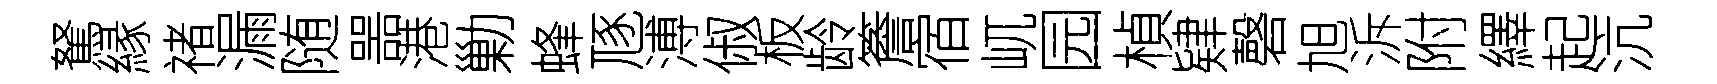
駑縁禇漏随噐港勦蜂豗溥俶板龄簷宿屼园楨肄磬旭泝附繹起沆